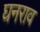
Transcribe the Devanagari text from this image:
घनराव